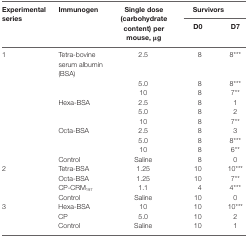
| <ROWSPAN=2> Experimental series | <ROWSPAN=2> Immunogen | <ROWSPAN=2> Single dose (carbohydrate content) per mouse, μg | <COLSPAN=2> Survivors |
 | D0 | D7 |
 | --- | --- | --- | --- | --- |
 | 1 | Tetra-bovine serum albumin (BSA) | 2.5 | 8 | 8*** |
 |  |  | 5.0 | 8 | 8*** |
 |  |  | 10 | 8 | 7** |
 |  | Hexa-BSA | 2.5 | 8 | 1 |
 |  |  | 5.0 | 8 | 2 |
 |  |  | 10 | 8 | 7** |
 |  | Octa-BSA | 2.5 | 8 | 3 |
 |  |  | 5.0 | 8 | 8*** |
 |  |  | 10 | 8 | 6** |
 |  | Control | Saline | 8 | 0 |
 | 2 | Tetra-BSA | 1.25 | 10 | 10*** |
 |  | Octa-BSA | 1.25 | 10 | 7** |
 |  | CP-CRM197 | 1.1 | 4 | 4*** |
 |  | Control | Saline | 10 | 0 |
 | 3 | Hexa-BSA | 10 | 10 | 10*** |
 |  | CP | 5.0 | 10 | 2 |
 |  | Control | Saline | 10 | 1 |